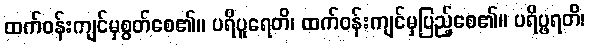
ထက်ဝန်းကျင်မှစွတ်စေ၏။ ပရိပူရေတိ၊ ထက်ဝန်းကျင်မှပြည့်စေ၏။ ပရိပ္ဖရတိ၊